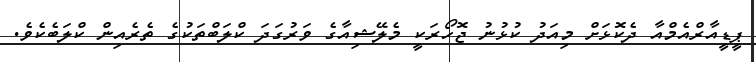
ޕީޑީއާރްއެމްއާ ދެކޮޅަށް މިއަދު ކުޅުނު ޖޮހޯރަކީ މެލޭޝިއާގެ ވަރުގަދަ ކްލަބްތަކުގެ ތެރެއިން ކްލަބެކެވެ.